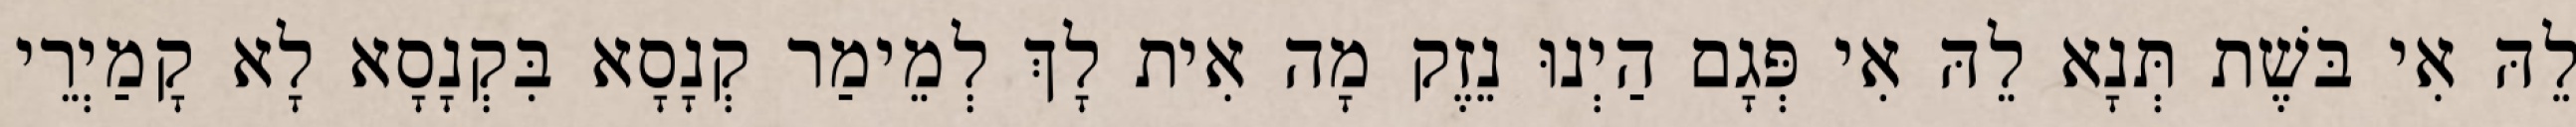
לֵהּ אִי בּשֶׁת תְּנָא לֵהּ אִי פְּגָם הַיְנוּ נֵזֶק מָה אִית לָךְ לְמֵימַר קְנָסָא בִּקְנָסָא לָא קָמַיְרֵי